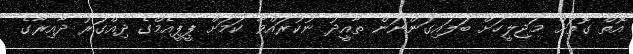
އޮތް ގޮތަށް މަޖިލީހަށް ބަލައިގަންނަން ތާއީދު ނުކުރައްވާ ކަމަށް ޕީޕީއެމްގެ ދިއްގަރު ދާއިރާގެ